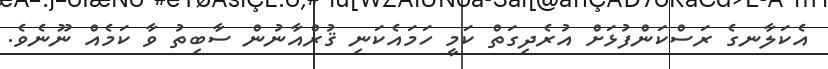
އެކަލާނގެ ރަސްކަންފުޅަށް އުރެދިގަތް ކަމީ ހަމައެކަނި ޤުރްއާނުން ސާބިތު ވާ ކަމެއް ނޫނެވެ.